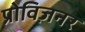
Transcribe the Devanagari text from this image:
प्रोविज़नर